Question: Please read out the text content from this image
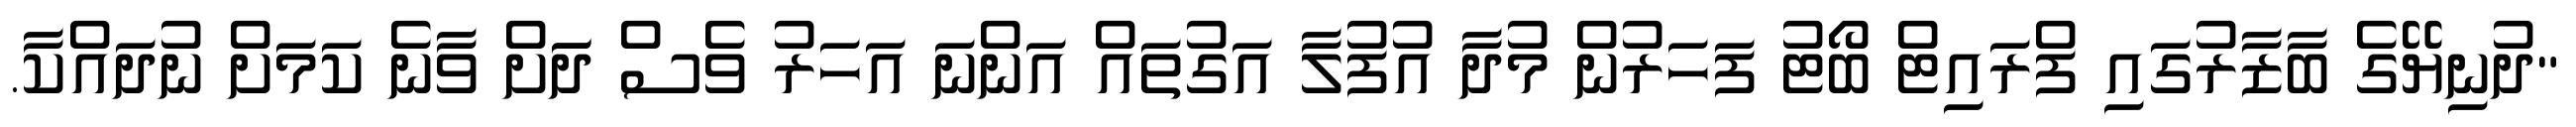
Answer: "ދުނިޔޭގެ ބާޒާރުގައި ފްރައިޓް ބޯޓު ފަހަރުން މުދާ އުފުލާ އަގުތައް އަންނަ އަހަރު ވެސް ދަަށް ވާނެ ކަމަށް ނުދައްކާ.